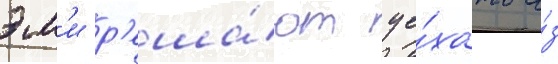
эм'и р'еша́ют уе́хать и́з